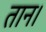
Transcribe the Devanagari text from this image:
तान।